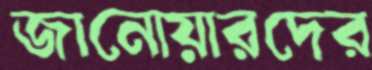
জানোয়ারদের